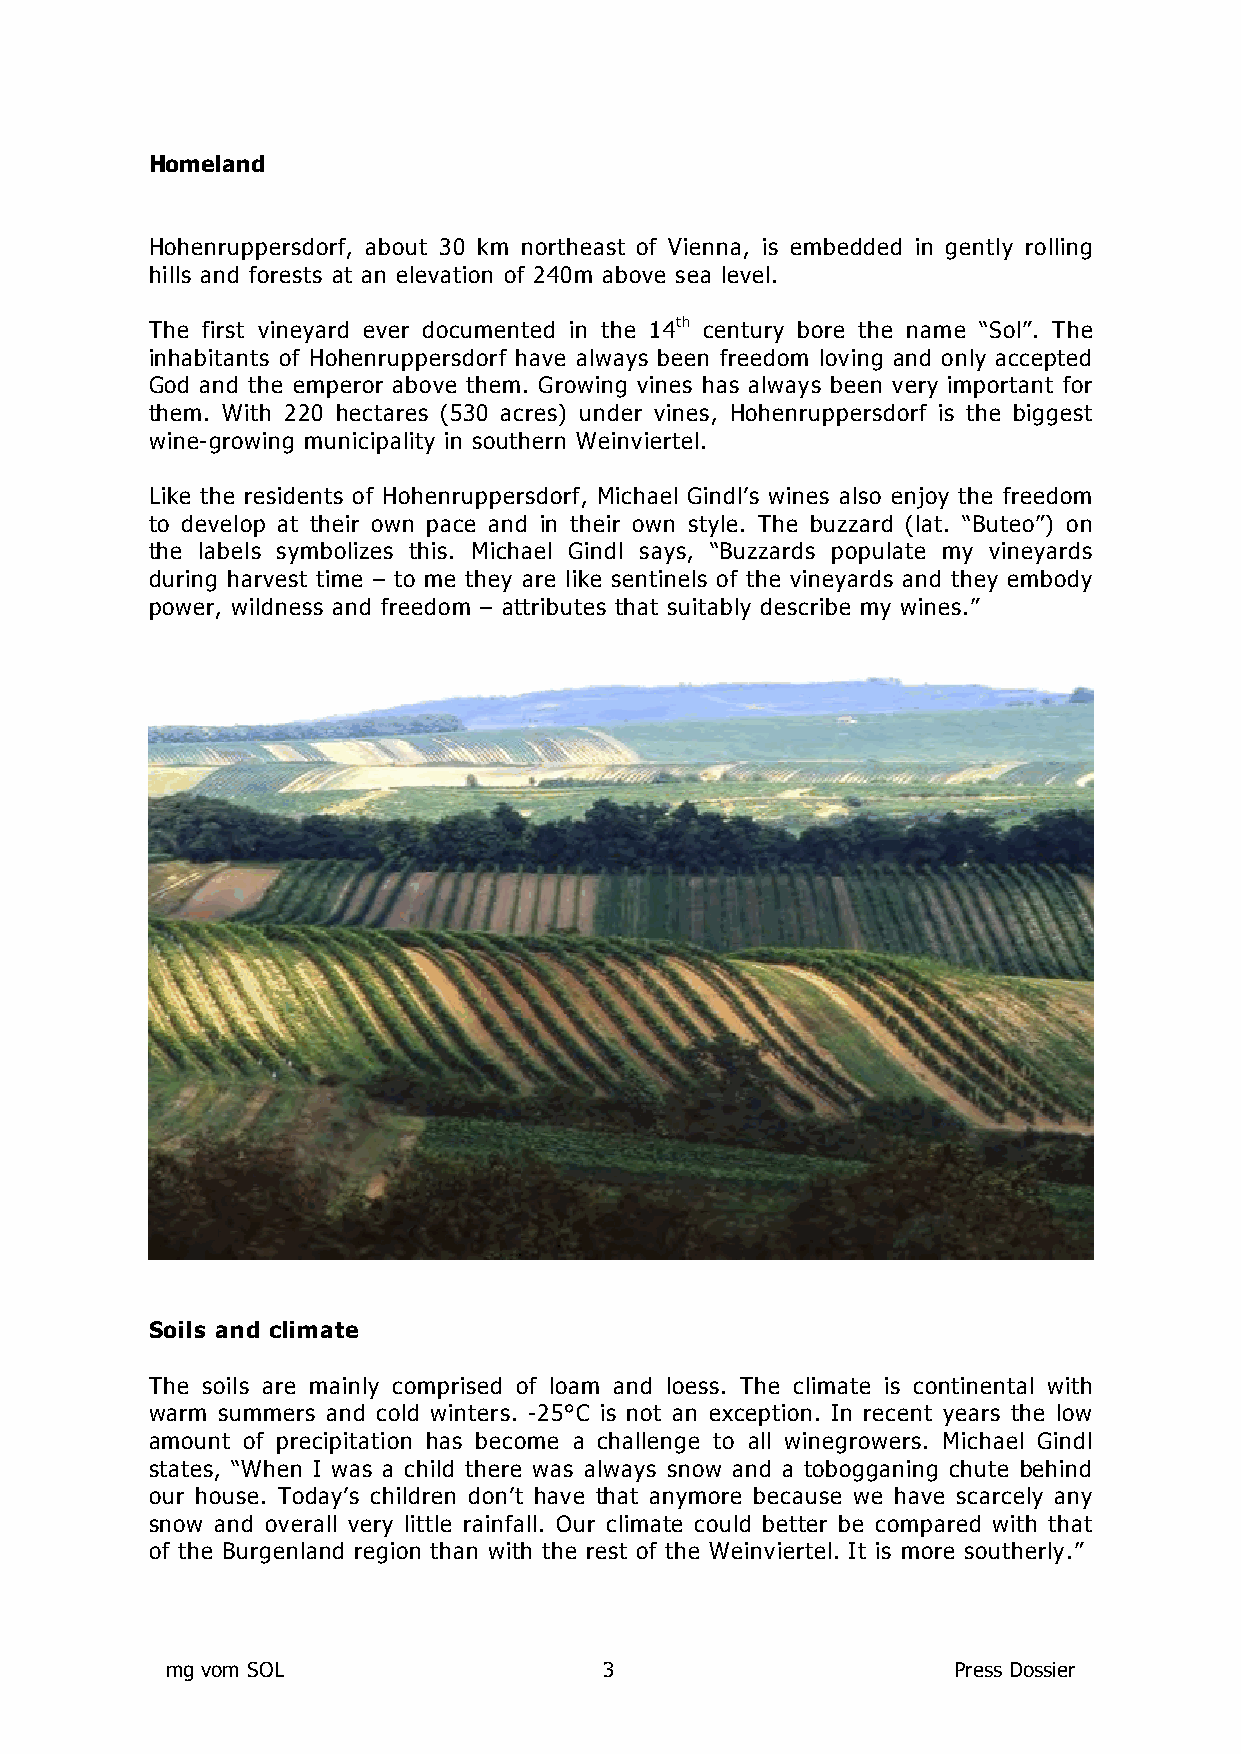
Homeland
 Hohenruppersdorf, about 30 km northeast of Vienna, is embedded in gently rolling
 hills and forests at an elevation of 240m above sea level.
 The first vineyard ever documented in the 14th century bore the name “Sol”. The
 inhabitants of Hohenruppersdorf have always been freedom loving and only accepted
 God and the emperor above them. Growing vines has always been very important for
 them. With 220 hectares (530 acres) under vines, Hohenruppersdorf is the biggest
 wine-growing municipality in southern Weinviertel.
 Like the residents of Hohenruppersdorf, Michael Gindl’s wines also enjoy the freedom
 to develop at their own pace and in their own style. The buzzard (lat. “Buteo”) on
 the labels symbolizes this. Michael Gindl says, “Buzzards populate my vineyards
 during harvest time – to me they are like sentinels of the vineyards and they embody
 power, wildness and freedom – attributes that suitably describe my wines.”
 Soils and climate
 The soils are mainly comprised of loam and loess. The climate is continental with
 warm summers and cold winters. -25°C is not an exception. In recent years the low
 amount of precipitation has become a challenge to all winegrowers. Michael Gindl
 states, “When I was a child there was always snow and a tobogganing chute behind
 our house. Today’s children don’t have that anymore because we have scarcely any
 snow and overall very little rainfall. Our climate could better be compared with that
 of the Burgenland region than with the rest of the Weinviertel. It is more southerly.”
 mg vom SOL                   3                      Press Dossier